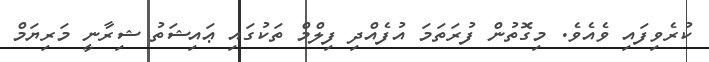
ކުރެވިފައި ވެއެވެ. މިގޮތުން ފުރަތަމަ އުފެއްދި ފިލްމް ތަކުގައި ޢައިޝަތު ޝިރާނީ މަރިޔަމް